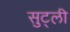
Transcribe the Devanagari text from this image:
सुट्ली